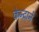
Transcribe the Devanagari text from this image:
केन्द्राने